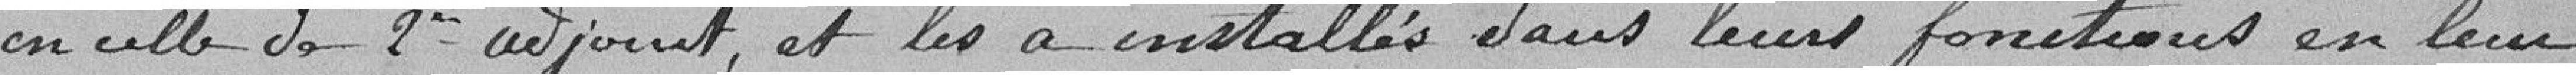
en celle de 2ème adjoint et les a installés dans leurs fonctions en leur